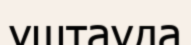
ұштауда